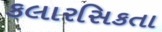
કલારસિકતા